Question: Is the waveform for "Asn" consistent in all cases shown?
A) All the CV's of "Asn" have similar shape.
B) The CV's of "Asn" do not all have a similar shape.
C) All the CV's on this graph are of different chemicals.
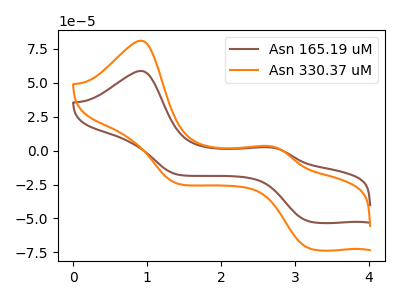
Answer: <think>The brown curve "Asn 165.19 uM" has anodic peaks at (0.90V, 58.65uA) (2.65V, 2.40uA) and cathodic peaks at (3.20V, -52.20uA) (1.40V, -17.50uA). The orange curve "Asn 330.37 uM" has anodic peaks at (0.90V, 80.95uA) (2.65V, 3.30uA) and cathodic peaks at (3.20V, -72.00uA) (1.40V, -24.15uA).
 All the peaks in "Asn 165.19 uM" have a peak in "Asn 330.37 uM" at the same potential. Every peak in "Asn 165.19 uM" is lower than every peak in "Asn 330.37 uM".</think>
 <answer>A) All the CV's of "Asn" have similar shape.</answer>
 <eval>A</eval>